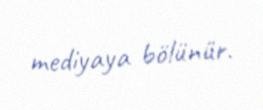
mediyaya bölünür.